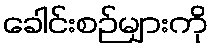
ခေါင်းစဉ်များကို